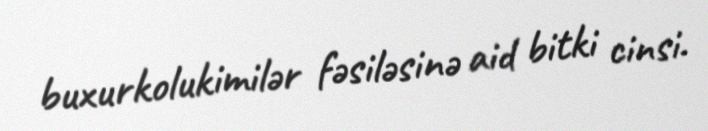
buxurkolukimilər fəsiləsinə aid bitki cinsi.